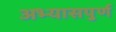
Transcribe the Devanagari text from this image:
अभ्यासपुर्ण